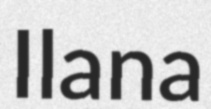
Ilana